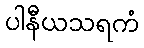
ပါနီယသရကံ